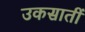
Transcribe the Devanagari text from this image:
उकसातीं